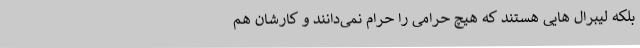
بلکه لیبرال هایی هستند که هیچ حرامی را حرام نمی‌دانند و کارشان هم